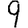
Digit: 9